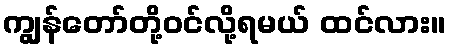
ကျွန်တော်တို့ဝင်လို့ရမယ် ထင်လား။